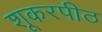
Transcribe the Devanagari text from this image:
शूकरपीठ